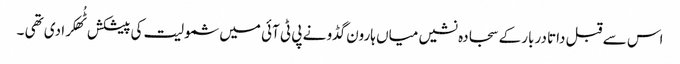
اس سے قبل داتا دربار کے سجادہ نشیں میاں ہارون گڈو نے پی ٹی آئی میں شمولیت کی پیشکش ٹُھکرا دی تھی ۔